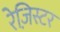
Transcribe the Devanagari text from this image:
रेज़िस्टर